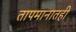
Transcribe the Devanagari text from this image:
तापमानातही